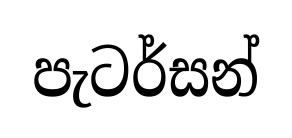
පැටර්සන්